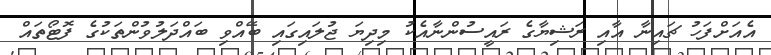
އެއަށްފަހު ޗައިނާ އާއި ރަޝިޔާގެ ރައީސުންނާއެކު މިދިޔަ ޖުލައިގައި ބޭއްވި ބައްދަލުވުންތަކުގެ ފޮޓޯތައް